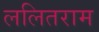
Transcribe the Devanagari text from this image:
ललितराम